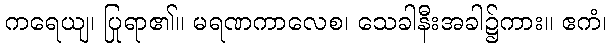
ကရေယျ၊ ပြုရာ၏။ မရဏကာလေစ၊ သေခါနီးအခါ၌ကား။ ဧကံ၊